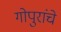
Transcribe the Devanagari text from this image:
गोपुरांचे